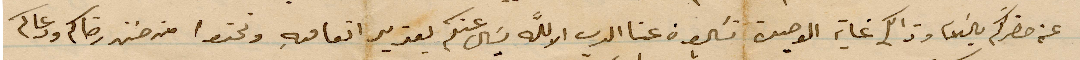
عن حضرتكم %% وذلك غاية الوصية تكون عنا الرب الا الله يسال عنكم بقدير اتفاقيه ونحن من حين رضاكم ودعاكم